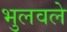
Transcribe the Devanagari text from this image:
भुलवले